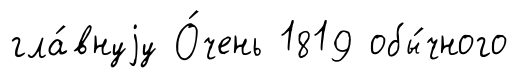
гла́внуjу О́чень 1819 обы́чного